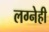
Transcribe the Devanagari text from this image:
लग्नेही